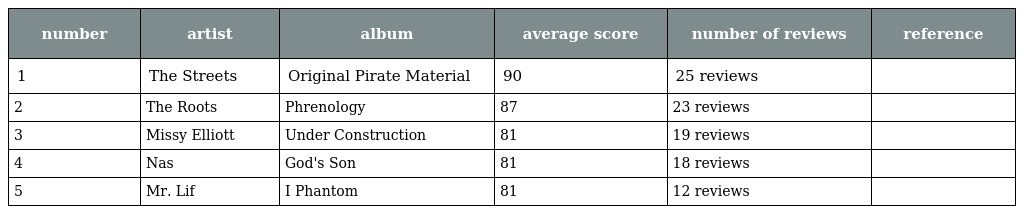
| number | artist | album | average score | number of reviews | reference |
 | --- | --- | --- | --- | --- | --- |
 | 1 | The Streets | Original Pirate Material | 90 | 25 reviews |  |
 | 2 | The Roots | Phrenology | 87 | 23 reviews |  |
 | 3 | Missy Elliott | Under Construction | 81 | 19 reviews |  |
 | 4 | Nas | God's Son | 81 | 18 reviews |  |
 | 5 | Mr. Lif | I Phantom | 81 | 12 reviews |  |